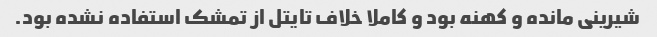
شیرینی مانده و کهنه بود و کاملا خلاف تایتل از تمشک استفاده نشده بود.